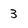
Character: 3